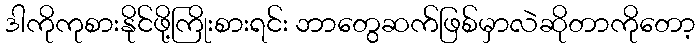
ဒါကိုကုစားနိုင်ဖို့ကြိုးစားရင်း ဘာတွေဆက်ဖြစ်မှာလဲဆိုတာကိုတော့